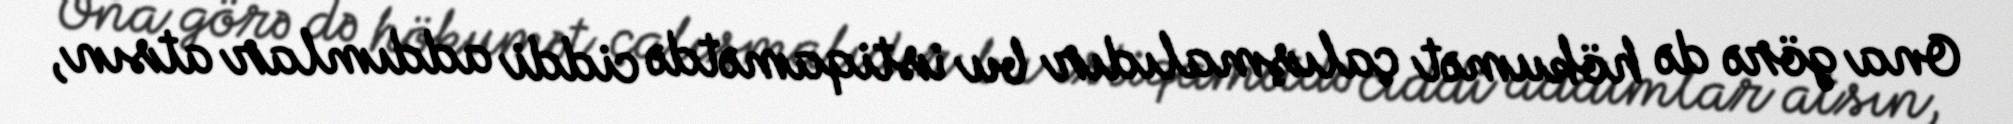
Ona görə də hökumət çalışmalıdır bu istiqamətdə ciddi addımlar atsın,